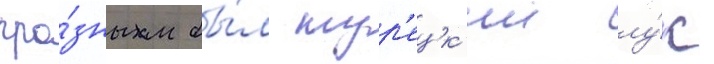
гро́зным бы́л тур'ецк'ии лу́к